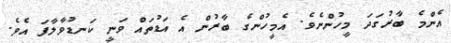
އެންމެ ބާރުގަދަ މީހުންނެވެ. އެމީހުންގެ ބާރުން އެ އަޑުތައް ވަނީ ކަނޑުވާލާފަ އެވެ.